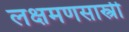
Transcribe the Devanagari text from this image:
लक्षमणसास्त्री